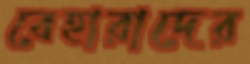
বেহারাদের